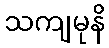
သကျမုနိ